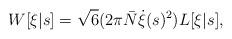
LaTeX: \begin{align*}W[\xi|s] = \sqrt{6} (2\pi \bar{N} \dot{\xi}(s)^2) L[\xi|s],\end{align*}